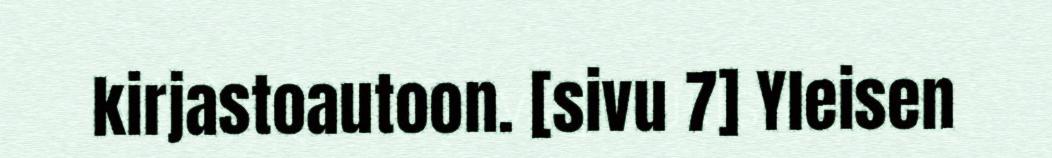
kirjastoautoon. [sivu 7] Yleisen